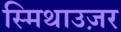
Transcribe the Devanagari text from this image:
स्मिथाउज़र